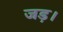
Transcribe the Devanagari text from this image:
जड़।